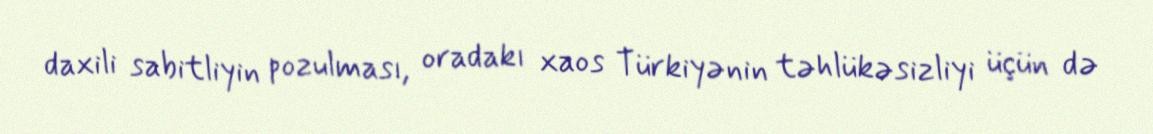
daxili sabitliyin pozulması, oradakı xaos Türkiyənin təhlükəsizliyi üçün də